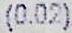
(0.02)